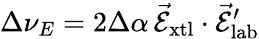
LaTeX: \Delta\nu_{E}=2\Delta\alpha\, \vec{\mathcal{E}}_{\mathrm{xtl}}\cdot\vec{\mathcal{E}}_{\mathrm{lab}}^{\prime}